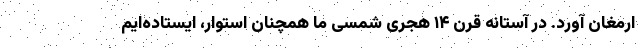
ارمغان آورد. در آستانه قرن ۱۴ هجری شمسی ما همچنان استوار، ایستاده‌ایم